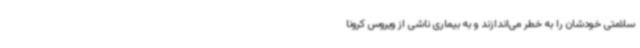
سلامتی خودشان را به خطر می‌اندازند و به بیماری ناشی از ویروس کرونا